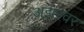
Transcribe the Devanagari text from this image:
अझरवर